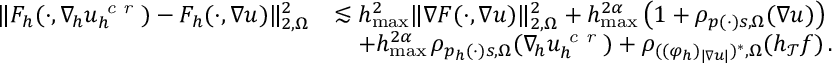
\begin{array} { r } { \begin{array} { r l } { \| F _ { h } ( \cdot , \nabla _ { \! h } u _ { h } ^ { \textit { c r } } ) - F _ { h } ( \cdot , \nabla u ) \| _ { 2 , \Omega } ^ { 2 } } & { \lesssim h _ { \operatorname* { m a x } } ^ { 2 } \| \nabla F ( \cdot , \nabla u ) \| _ { 2 , \Omega } ^ { 2 } + h _ { \operatorname* { m a x } } ^ { 2 \alpha } \, \big ( 1 + \rho _ { p ( \cdot ) s , \Omega } ( \nabla u ) \big ) } \\ & { \quad + h _ { \operatorname* { m a x } } ^ { 2 \alpha } \, \rho _ { p _ { h } ( \cdot ) s , \Omega } ( \nabla _ { \! h } u _ { h } ^ { \textit { c r } } ) + \rho _ { ( ( \varphi _ { h } ) _ { \vert \nabla u \vert } ) ^ { * } , \Omega } ( h _ { \mathcal { T } } f ) \, . } \end{array} } \end{array}